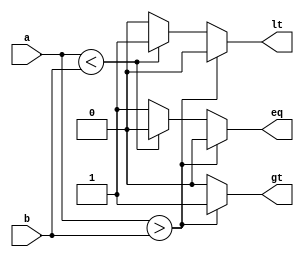
`timescale 1ns / 1ps
//////////////////////////////////////////////////////////////////////////////////
// Company: 
// Engineer: 
// 
// Design Name: 
// Module Name: n_bit_comparator
// Project Name: 
// Target Devices: 
// Tool Versions: 
// Description: 
// 
// Dependencies: 
// 
// Revision:
// Revision 0.01 - File Created
// Additional Comments:
// 
//////////////////////////////////////////////////////////////////////////////////


module n_bit_comparator(a,b,lt,gt,eq);
parameter bit=16;
input [bit-1:0] a,b;
output reg lt,gt,eq;
always@(*)
    begin
    gt=0;lt=0;eq=0;
        if(a>b) 
            gt=1;
        else if(a<b) 
            lt=1;
        else 
            eq=1;
    end
endmodule